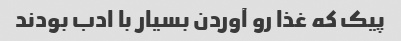
پیک که غذا رو آوردن بسیار با ادب بودند